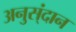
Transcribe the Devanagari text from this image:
अनुस्ंदान